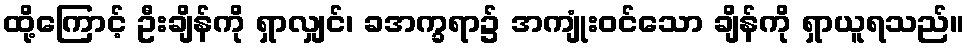
ထို့ကြောင့် ဦးချိန်ကို ရှာလျှင်၊ ခအက္ခရာ၌ အကျုံးဝင်သော ချိန်ကို ရှာယူရသည်။